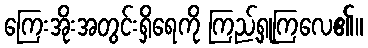
ကြေးအိုးအတွင်းရှိရေကို ကြည့်ရှုကြလေ၏။